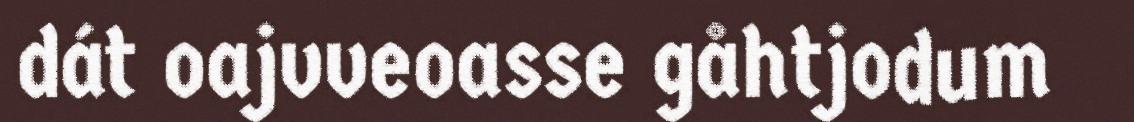
dát oajvveoasse gåhtjodum